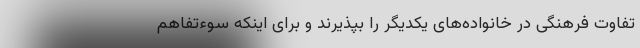
تفاوت فرهنگی در خانواده‌های یکدیگر را بپذیرند و برای اینکه سوءتفاهم